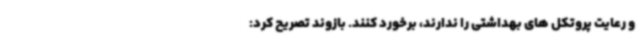
و رعایت پروتکل های بهداشتی را ندارند، برخورد کنند. بازوند تصریح کرد: